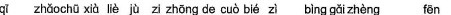
qi zhaochu xia lie ju zi zhong de cuo bie zi bing gai zheng fen